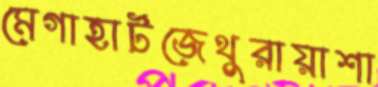
মেগাহার্টজেথুরায়াশা